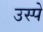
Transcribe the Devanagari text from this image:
उस्पे